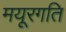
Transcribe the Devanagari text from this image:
मयूरगति